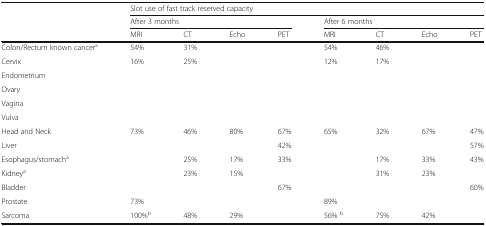
|  | <COLSPAN=8> Slot use of fast track reserved capacity |
 |  | <COLSPAN=4> After 3 months | <COLSPAN=4> After 6 months |
 |  | MRI | CT | Echo | PET | MRI | CT | Echo | PET |
 | --- | --- | --- | --- | --- | --- | --- | --- | --- |
 | Colon/Rectum known cancera | 54% | 31% |  |  | 54% | 46% |  |  |
 | Cervix | <ROWSPAN=5> 16% | <ROWSPAN=5> 25% |  |  | <ROWSPAN=5> 12% | <ROWSPAN=5> 17% |  |  |
 | Endometrium |  |  |  |  |
 | Ovary |  |  |  |  |
 | Vagina |  |  |  |  |
 | Vulva |  |  |  |  |
 | Head and Neck | 73% | 46% | 80% | 67% | 65% | 32% | 67% | 47% |
 | Liver |  |  |  | 42% |  |  |  | 57% |
 | Esophagus/stomacha |  | 25% | 17% | 33% |  | 17% | 33% | 43% |
 | Kidneya |  | 23% | 15% |  |  | 31% | 23% |  |
 | Bladder |  |  |  | 67% |  |  |  | 60% |
 | Prostate | 73% |  |  |  | 89% |  |  |  |
 | Sarcoma | 100%b | 48% | 29% |  | 56% b | 75% | 42% |  |